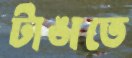
টাঙাতে